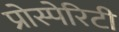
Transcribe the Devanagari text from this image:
प्रोस्पेरिटी